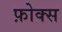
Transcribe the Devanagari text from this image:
फ़ोक्स